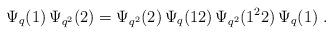
LaTeX: \begin{align*}\Psi_q(1)\, \Psi_{q^2}(2) =\Psi_{q^2}(2)\, \Psi_q(12) \, \Psi_{q^2}(1^2 2) \, \Psi_q(1) \;.\end{align*}